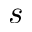
s